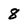
Character: 8